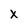
Character: X